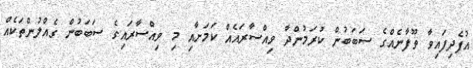
އުފެދިފައިވާ ތޫފާނެއްގެ ސަބަބުން ކުރަމުންދާ ވިއްސާރައެއް ކަމަށާއި މި ވިއްސާރައިގެ ސަބަބުން ގެއްލުންތަކެއް